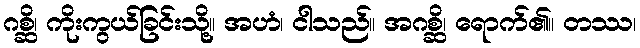
ဂစ္ဆိ၊ ကိုးကွယ်ခြင်းသို့။ အဟံ၊ ငါသည်။ အဂစ္ဆိ၊ ရောက်၏။ တဿ၊